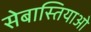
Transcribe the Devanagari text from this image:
सेबास्तियाओ